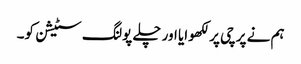
ہم نے پرچی پر لکھوایا اور چلے پولنگ سٹیشن کو۔